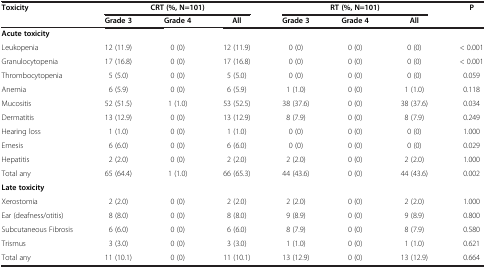
<table><thead><tr><td><b>Toxicity</b></td><td colspan="3"><b>CRT (%, N=101)</b></td><td colspan="3"><b>RT (%, N=101)</b></td><td><b>P</b></td></tr><tr><td><b> </b></td><td><b>Grade 3</b></td><td><b>Grade 4</b></td><td><b>All</b></td><td><b>Grade 3</b></td><td><b>Grade 4</b></td><td><b>All</b></td><td><b> </b></td></tr></thead><tbody><tr><td><b>Acute toxicity</b></td><td> </td><td> </td><td> </td><td> </td><td> </td><td> </td><td> </td></tr><tr><td>Leukopenia</td><td>12 (11.9)</td><td>0 (0)</td><td>12 (11.9)</td><td>0 (0)</td><td>0 (0)</td><td>0 (0)</td><td>&lt; 0.001</td></tr><tr><td>Granulocytopenia</td><td>17 (16.8)</td><td>0 (0)</td><td>17 (16.8)</td><td>0 (0)</td><td>0 (0)</td><td>0 (0)</td><td>&lt; 0.001</td></tr><tr><td>Thrombocytopenia</td><td>5 (5.0)</td><td>0 (0)</td><td>5 (5.0)</td><td>0 (0)</td><td>0 (0)</td><td>0 (0)</td><td>0.059</td></tr><tr><td>Anemia</td><td>6 (5.9)</td><td>0 (0)</td><td>6 (5.9)</td><td>1 (1.0)</td><td>0 (0)</td><td>1 (1.0)</td><td>0.118</td></tr><tr><td>Mucositis</td><td>52 (51.5)</td><td>1 (1.0)</td><td>53 (52.5)</td><td>38 (37.6)</td><td>0 (0)</td><td>38 (37.6)</td><td>0.034</td></tr><tr><td>Dermatitis</td><td>13 (12.9)</td><td>0 (0)</td><td>13 (12.9)</td><td>8 (7.9)</td><td>0 (0)</td><td>8 (7.9)</td><td>0.249</td></tr><tr><td>Hearing loss</td><td>1 (1.0)</td><td>0 (0)</td><td>1 (1.0)</td><td>0 (0)</td><td>0 (0)</td><td>0 (0)</td><td>1.000</td></tr><tr><td>Emesis</td><td>6 (6.0)</td><td>0 (0)</td><td>6 (6.0)</td><td>0 (0)</td><td>0 (0)</td><td>0 (0)</td><td>0.029</td></tr><tr><td>Hepatitis</td><td>2 (2.0)</td><td>0 (0)</td><td>2 (2.0)</td><td>2 (2.0)</td><td>0 (0)</td><td>2 (2.0)</td><td>1.000</td></tr><tr><td>Total any</td><td>65 (64.4)</td><td>1 (1.0)</td><td>66 (65.3)</td><td>44 (43.6)</td><td>0 (0)</td><td>44 (43.6)</td><td>0.002</td></tr><tr><td><b>Late toxicity</b></td><td> </td><td> </td><td> </td><td> </td><td> </td><td> </td><td> </td></tr><tr><td>Xerostomia</td><td>2 (2.0)</td><td>0 (0)</td><td>2 (2.0)</td><td>2 (2.0)</td><td>0 (0)</td><td>2 (2.0)</td><td>1.000</td></tr><tr><td>Ear (deafness/otitis)</td><td>8 (8.0)</td><td>0 (0)</td><td>8 (8.0)</td><td>9 (8.9)</td><td>0 (0)</td><td>9 (8.9)</td><td>0.800</td></tr><tr><td>Subcutaneous Fibrosis</td><td>6 (6.0)</td><td>0 (0)</td><td>6 (6.0)</td><td>8 (7.9)</td><td>0 (0)</td><td>8 (7.9)</td><td>0.580</td></tr><tr><td>Trismus</td><td>3 (3.0)</td><td>0 (0)</td><td>3 (3.0)</td><td>1 (1.0)</td><td>0 (0)</td><td>1 (1.0)</td><td>0.621</td></tr><tr><td>Total any</td><td>11 (10.1)</td><td>0 (0)</td><td>11 (10.1)</td><td>13 (12.9)</td><td>0 (0)</td><td>13 (12.9)</td><td>0.664</td></tr></tbody></table>